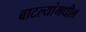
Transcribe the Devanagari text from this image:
बाटल्यांमधील